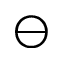
\ominus